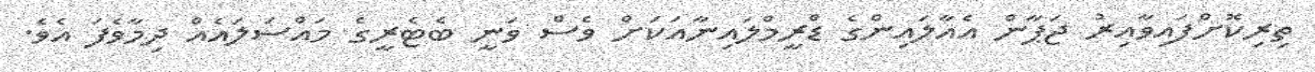
ތިރިކޮށްފައިވާއިރު ޖަޕާން އެއާލައިންގެ ޑްރީމްލައިނާއަކަށް ވެސް ވަނީ ބެޓެރީގެ މައްސަލައެއް ދިމާވެފަ އެވެ.